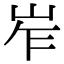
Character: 岝